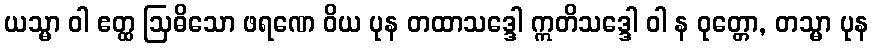
ယသ္မာ ဝါ ဧတ္ထ ဩဓိသော ဖရဏေ ဝိယ ပုန တထာသဒ္ဒေါ ဣတိသဒ္ဒေါ ဝါ န ဝုတ္တော, တသ္မာ ပုန